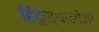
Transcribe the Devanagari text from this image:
हिंदुस्थानींना